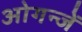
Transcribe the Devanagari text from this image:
ओगन्जें